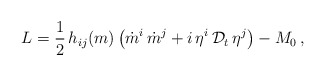
\begin{align*}L=\frac{1}{2}\,h_{ij}(m) \left( \dot m^i \,\dot m^j +i\,\eta^i \,{\cal D}_t\,\eta^j\right)-M_0\,,\end{align*}